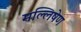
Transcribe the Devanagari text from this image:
मल्लिषेण